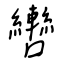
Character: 轡